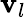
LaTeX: \mathbf{v}_{l}